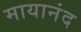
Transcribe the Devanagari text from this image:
मायानंद